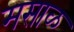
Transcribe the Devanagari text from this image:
मसाळ